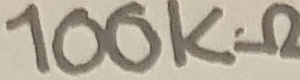
Text: 100KΩ